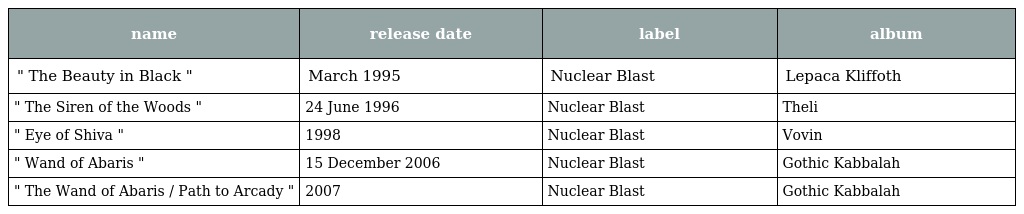
| name | release date | label | album |
 | --- | --- | --- | --- |
 | " The Beauty in Black " | March 1995 | Nuclear Blast | Lepaca Kliffoth |
 | " The Siren of the Woods " | 24 June 1996 | Nuclear Blast | Theli |
 | " Eye of Shiva " | 1998 | Nuclear Blast | Vovin |
 | " Wand of Abaris " | 15 December 2006 | Nuclear Blast | Gothic Kabbalah |
 | " The Wand of Abaris / Path to Arcady " | 2007 | Nuclear Blast | Gothic Kabbalah |